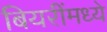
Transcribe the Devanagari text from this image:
बियरींमध्ये